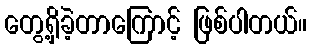
တွေ့ရှိခဲ့တာကြောင့် ဖြစ်ပါတယ်။